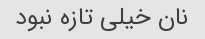
نان خیلی تازه نبود